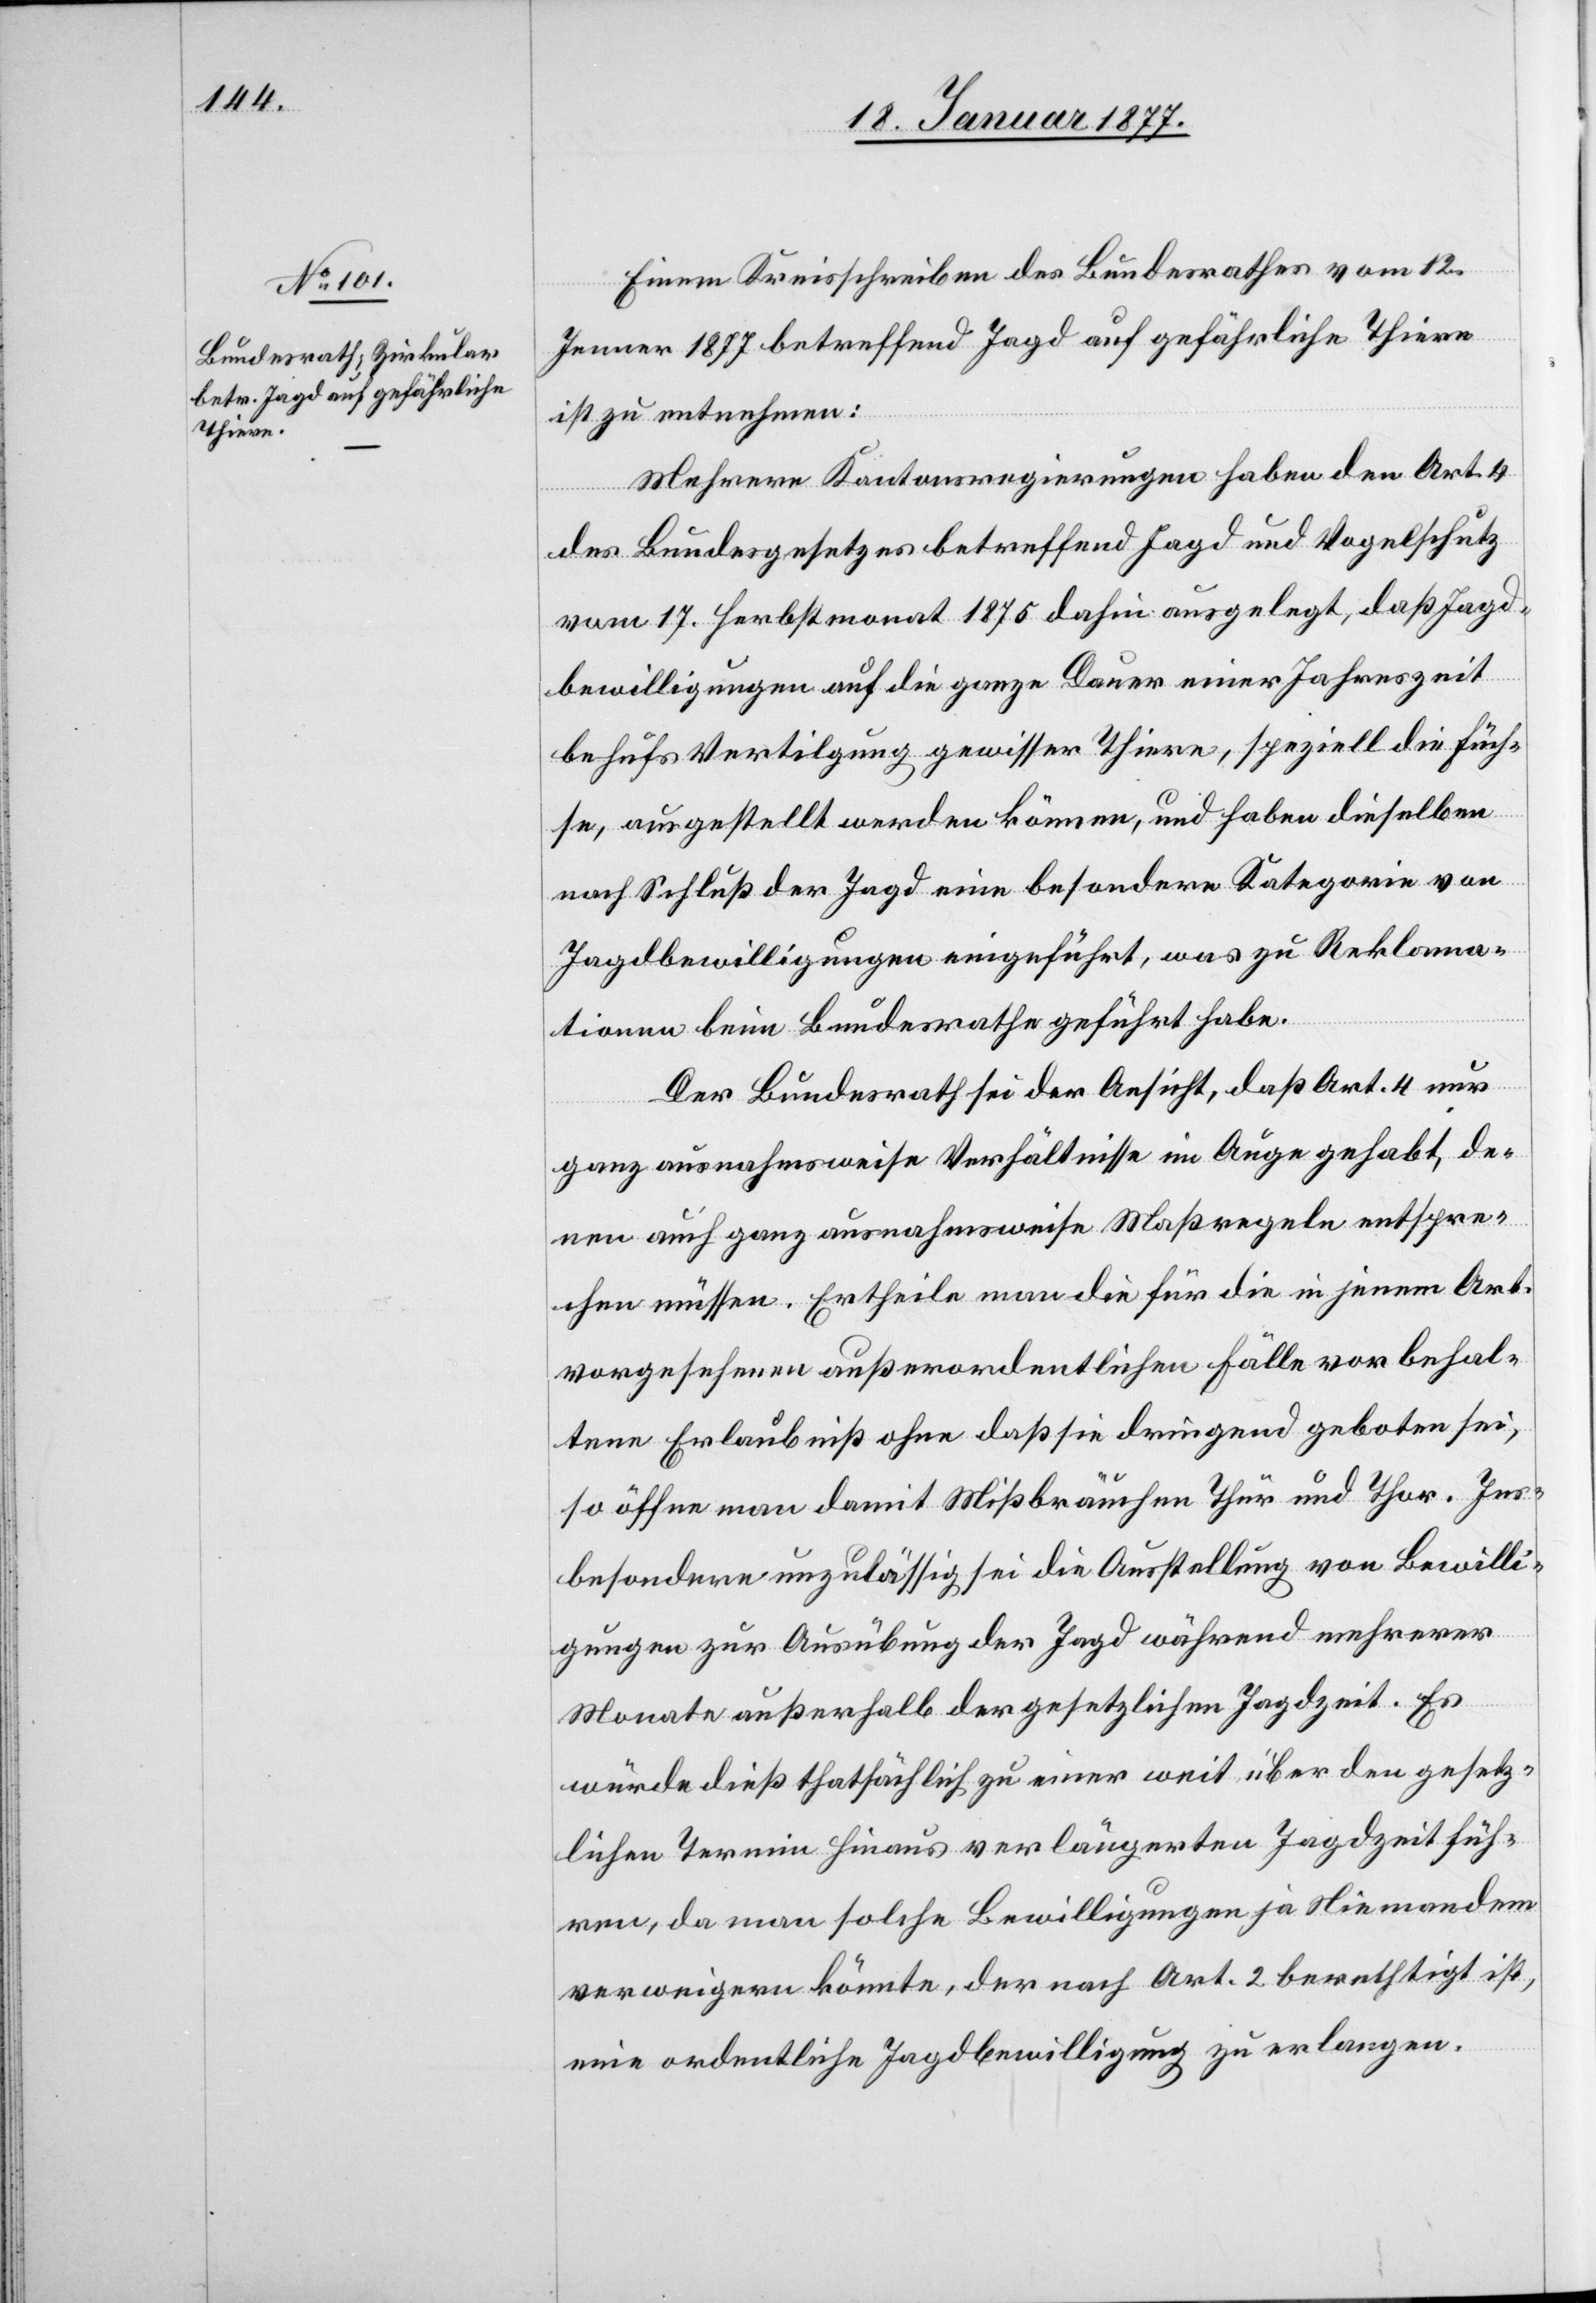
Einem Kreisschreiben des Bundesrathes vom 12.
Jenner 1877 betreffend Jagd auf gefährliche Thiere
ist zu entnehmen:
„Mehrere Kantonsregierungen haben den Art. 4
des Bundesgesetzes betreffend Jagd und Vogelschutz
vom 17. Herbstmonat 1875 dahin ausgelegt, daß Jagd¬
bewilligungen auf die ganze Dauer einer Jahreszeit
behufs Vertilgung gewisser Thiere, speziell die Füch¬
se, ausgestellt werden können, und haben dieselben
nach Schluß der Jagd eine besondere Kategorie von
Jagdbewilligungen eingeführt, was zu Reklama¬
tionen beim Bundesrathe geführt habe.
Der Bundesrath sei der Ansicht, daß Art. 4 nur
ganz ausnahmsweise Verhältnisse im Auge gehabt, de¬
nen auch ganz ausnahmsweise Maßregeln entspre¬
chen müssen. Ertheile man die für die in jenem Art.
vorgesehenen außerordentlichen Fälle vorbehal¬
tene Erlaubniß ohne daß sie dringend geboten sei,
so öffne man damit Mißbräuchen Thür und Thor. Ins¬
besondere unzulässig sei die Ausstellung von Bewilli¬
gungen zur Ausübung der Jagd während mehrerer
Monate außerhalb der gesetzlichen Jagdzeit. Es
würde dieß thatsächlich zu einer weit über den gesetz¬
lichen Termin hinaus verlängerten Jagdzeit füh¬
ren, da man solche Bewilligungen ja Niemandem
verweigern könnte, der nach Art. 2 berechtigt ist,
eine ordentliche Jagdbewilligung zu erlangen.